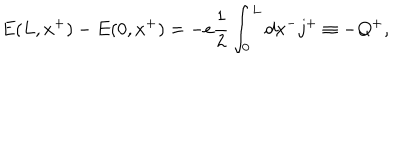
LaTeX: E ( L , x ^ { + } ) - E ( 0 , x ^ { + } ) = - e \frac { 1 } { 2 } \int _ { 0 } ^ { L } d x ^ { - } j ^ { + } \equiv - Q ^ { + } ,